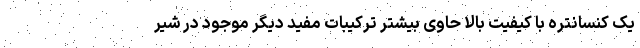
یک کنسانتره با کیفیت بالا حاوی بیشتر ترکیبات مفید دیگر موجود در شیر